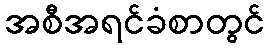
အစီအရင်ခံစာတွင်